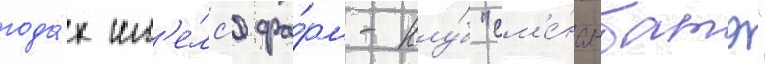
года́х им'е́лс'я фа́рм-клу́б "см'е́на-батэ"